Report on the nature of kala-azar
Disease focus: Kala-Azar
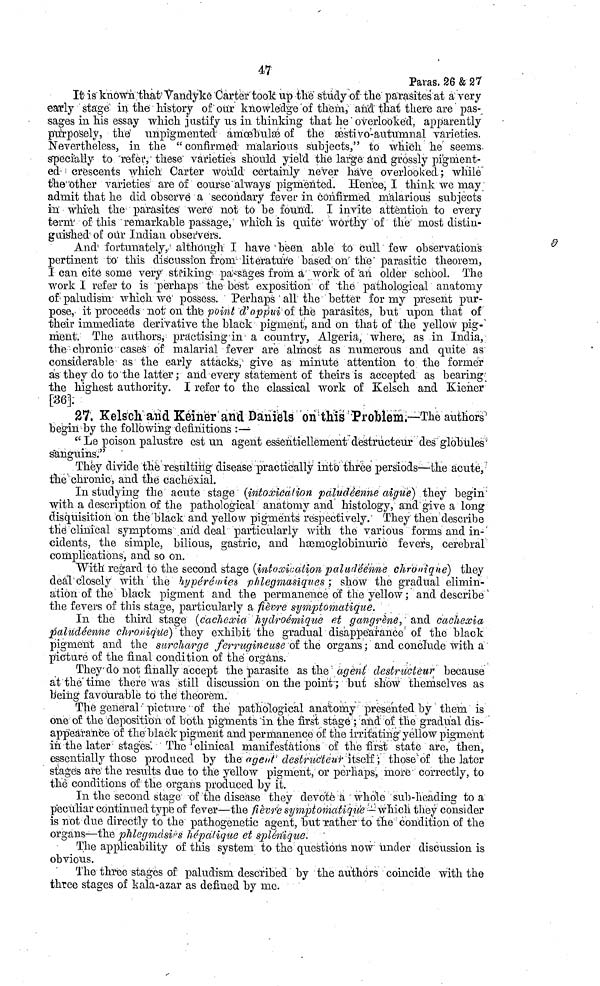
47
Paras. 26 & 27
It is" known .'that "Vandyke Carter took up the" study of the parasites at a very
early stage in. the" history of our knowledge of them," and' that there are' pas-,
sages in his essay which justify us in thinking that he overlooked, apparently
purposely, the unpigmented amoebulae of the aestivo-autumnal varieties.
Nevertheless, in the "confirmed malarious subjects," to wtich he' seems-
specially to refer these" varieties should yield the large'and grossly pigment-
ed- crescents which Carter would certainly never have overlooked; while"
the other varieties are of course'always'pigmented. Hence, I think we may;
admit that he did observe' a secondary fever in confirmed malarious subjects
in which the parasites" were" not to be found. I invite attention to every
term of this remarkable passage, which is quite worthy of the- most distin-
guished of our Indian observers.
And fortunately, although I have been able to cull few observation's
pertinent to' this discussion from- literature based on the parasitic theorem,
I can cite some very striking passages from a work of an older school. The
work I refer to is perhaps the best exposition of the pathological anatomy
of paludism which we possess. Perhaps all the better for my present pur-
pose,- it proceeds not on the point d'appui of the parasites, but upon that of
their immediate derivative the black pigment, and on that of the yellow pig-
ment. The authors, practising in- a country, Algeria, where, as in India,
the chronic cases of malarial fever are almost as numerous and quite as
considerable- as the early attacks, give as minute attention to the former
as they do to the latter; and every statement of theirs is accepted as bearing
the highest authority. I refer to the classical work of Kelsch and Kiener
[36]
27. Kelsch and Keiner and Daniels on this Problem.—The authors
begin by the following definitions :—-
"Le poison palustre est un agent essentiellement destructeur des globules
sanguins."
They divide "the resulting disease practically into three persiods—the acute,
the' chronic, and the cachexial.
In studying the acute stage (intoxication paludenne aigue) they begin
with a description of the pathological anatomy and histology, and give a long
disquisition on the black and yellow pigments respectively. They then describe
the clinical symptoms .and deal particularly with the various forms and in-
cidents, the simple, bilious, gastric, and haemoglobinuric fevers, cerebral
complications, and so on.
"With regard to the second stage (intoxication paludeenne chronique) they
deal closely with the hypereuies phlegmasiques; show the gradual elimin-
ation of the black pigment and the permanence of the yellow; and describe
the fevers of this stage, particularly a fievre symptomatique.
In the third stage (cachexia hydroemique et gangrene,' and cachexia
paludeenne chronique)' they exhibit the gradual disappearance' of the black
pigment and the surcharge ferrugineuse of the organs; and conclude with a
picture of the final condition of the organs.
Theydo not finally accept the parasite as the agent destructeur because
at the time there was still discussion on the point-; but show themselves as
being favourable to the theorem.
The general picture; of the pathological anatomy ; presented by them is
one of the 'deposition of both pigments in the first stage ; and "of the gradual dis-
appearance of the black pigment and permanence of the irritating yellow pigment
in the later stages. The clinical manifestations of the first state are, then,
essentially those produced by the agent destructeur Itself; those of the later
stages are the results due to the yellow pigment, or perhaps, more correctly, to
the conditions of the organs produced by it.
In the second stage of the disease they devote a whole sub-heading to a
peculiar continued type of fever—the fievre symptomatique -which they consider
is not due directly to the pathogenetic agent, but rather to the condition of the
organs—the phlegmasies hepalique et splennque.
The applicability of this system to the questions now under discussion is
obvious.
The three stages of paludism described by the authors coincide with the
three stages of kala-azar as defined by me.